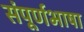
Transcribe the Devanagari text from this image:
संपूर्णभाषा